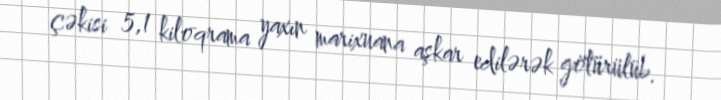
çəkisi 5,1 kiloqrama yaxın marixuana aşkar edilərək götürülüb.